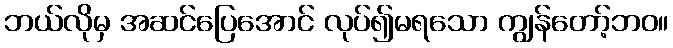
ဘယ်လိုမှ အဆင်ပြေအောင် လုပ်၍မရသော ကျွန်တော့်ဘဝ။